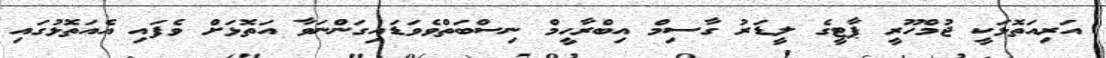
އަރިއަތޮޅަކީ ޖުމްހޫރީ ޕާޓީގެ ލީޑަރު ގާސިމް އިބްރާހީމް ނިސްބަތްވެވަޑައިގަންނަވާ އަތޮޅަށް ވެފައި އެއަތޮޅުގައި